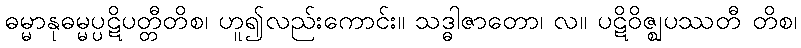
ဓမ္မာနုဓမ္မပ္ပဋိပတ္တီတိစ၊ ဟူ၍လည်းကောင်း။ သဒ္ဓါဇာတော၊ လ။ ပဋိဝိဇ္ဈပဿတီ တိစ၊